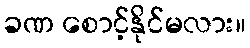
ခဏ စောင့်နိုင်မလား။